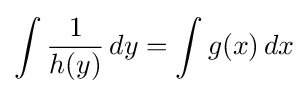
\int {\frac {1}{h(y)}}\,dy=\int g(x)\,dx